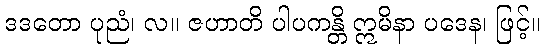
ဒဒတော ပုညံ၊ လ။ ဇဟာတိ ပါပကန္တိ ဣမိနာ ပဒေန၊ ဖြင့်။